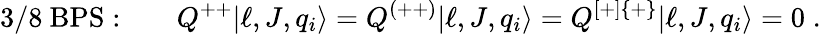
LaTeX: \mathrm{3/8~BPS:}\qquad Q^{++}|\ell,J,q_{i}\rangle=Q^{(++)}|\ell,J,q_{i}\rangle=Q^{[+]\{ +\} }|\ell,J,q_{i}\rangle=0\; .